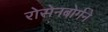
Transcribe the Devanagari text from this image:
रोसेनबोर्गने